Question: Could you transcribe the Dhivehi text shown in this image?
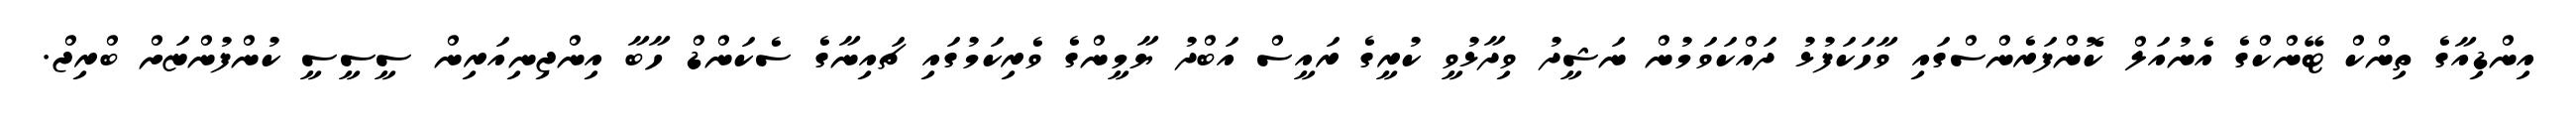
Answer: އިންޑިއާގެ ތިންކް ޓޭންކްގެ އެނުއަލް ކޮންފަރެންސްގައި ވާހަކަފުޅު ދައްކަވަމުން ނަޝީދު ވިދާޅުވީ ކުރީގެ ރައީސް އަބްދު ޔާމީންގެ ވެރިކަމުގައި ޗައިނާގެ ސެކަންޑް ހާބާ އިންޖިނިއަރިން ސީސީސީ ކުންފުންޏަށް ބްރިޖް.